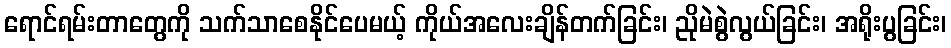
ရောင်ရမ်းတာတွေကို သက်သာစေနိုင်ပေမယ့် ကိုယ်အလေးချိန်တက်ခြင်း၊ ညိုမဲစွဲလွယ်ခြင်း၊ အရိုးပွခြင်း၊